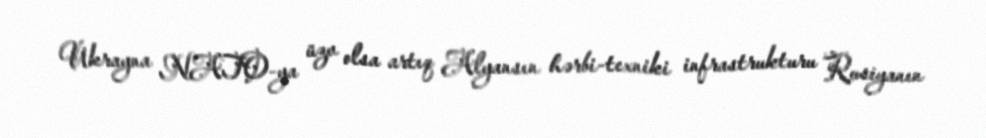
Ukrayna NATO-ya üzv olsa artıq Alyansın hərbi-texniki infrastrukturu Rusiyanın